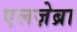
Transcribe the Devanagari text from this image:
एलज़ेब्रा